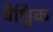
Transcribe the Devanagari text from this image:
वैश्विक